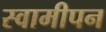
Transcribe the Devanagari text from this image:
स्वामीपन